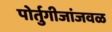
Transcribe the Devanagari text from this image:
पोर्तुगीजांजवळ